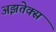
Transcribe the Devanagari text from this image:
अझतेक्स